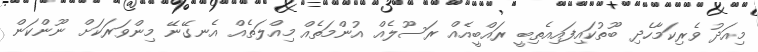
މިއަދު ވެރިކަމާހެދި ބޫތުކައިފައިއެތިބީ ރައްބީއެއް ރަސޫލެއް އުންމަތެއް މިއްލަތެއް އެނގޭނޭ މިންވަރަކަށް ނޫންކަން